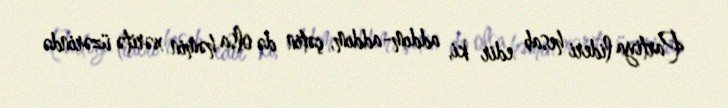
Partiya lideri hesab edir ki, addım-addım, çətin də olsa həmin xəritə üzərində